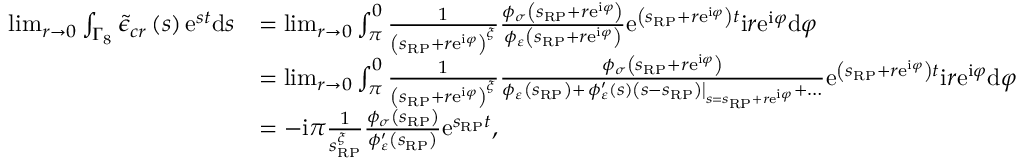
\begin{array} { r l } { \operatorname* { l i m } _ { r \rightarrow 0 } \int _ { \Gamma _ { 8 } } \tilde { \epsilon } _ { c r } \left( s \right) \mathrm { e } ^ { s t } \mathrm { d } s } & { = \operatorname* { l i m } _ { r \rightarrow 0 } \int _ { \pi } ^ { 0 } \frac { 1 } { \left( s _ { \scriptscriptstyle { \mathrm { R P } } } + r \mathrm { e } ^ { \mathrm { i } \varphi } \right) ^ { \xi } } \frac { \phi _ { \sigma } \left( s _ { \scriptscriptstyle { \mathrm { R P } } } + r \mathrm { e } ^ { \mathrm { i } \varphi } \right) } { \phi _ { \varepsilon } \left( s _ { \scriptscriptstyle { \mathrm { R P } } } + r \mathrm { e } ^ { \mathrm { i } \varphi } \right) } \mathrm { e } ^ { \left( s _ { \scriptscriptstyle { \mathrm { R P } } } + r \mathrm { e } ^ { \mathrm { i } \varphi } \right) t } \mathrm { i } r \mathrm { e } ^ { \mathrm { i } \varphi } \mathrm { d } \varphi } \\ & { = \operatorname* { l i m } _ { r \rightarrow 0 } \int _ { \pi } ^ { 0 } \frac { 1 } { \left( s _ { \scriptscriptstyle { \mathrm { R P } } } + r \mathrm { e } ^ { \mathrm { i } \varphi } \right) ^ { \xi } } \frac { \phi _ { \sigma } \left( s _ { \scriptscriptstyle { \mathrm { R P } } } + r \mathrm { e } ^ { \mathrm { i } \varphi } \right) } { \phi _ { \varepsilon } \left( s _ { \scriptscriptstyle { \mathrm { R P } } } \right) + \left. \phi _ { \varepsilon } ^ { \prime } \left( s \right) \left( s - s _ { \scriptscriptstyle { \mathrm { R P } } } \right) \right\vert _ { s = s _ { \scriptscriptstyle { \mathrm { R P } } } + r \mathrm { e } ^ { \mathrm { i } \varphi } } + \ldots } \mathrm { e } ^ { \left( s _ { \scriptscriptstyle { \mathrm { R P } } } + r \mathrm { e } ^ { \mathrm { i } \varphi } \right) t } \mathrm { i } r \mathrm { e } ^ { \mathrm { i } \varphi } \mathrm { d } \varphi } \\ & { = - \mathrm { i } \pi \frac { 1 } { s _ { \scriptscriptstyle { \mathrm { R P } } } ^ { \xi } } \frac { \phi _ { \sigma } \left( s _ { \scriptscriptstyle { \mathrm { R P } } } \right) } { \phi _ { \varepsilon } ^ { \prime } \left( s _ { \scriptscriptstyle { \mathrm { R P } } } \right) } \mathrm { e } ^ { s _ { \scriptscriptstyle { \mathrm { R P } } } t } , } \end{array}